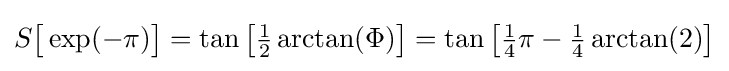
S{\bigl [}\exp(-\pi ){\bigr ]}=\tan {\bigl [}{\tfrac {1}{2}}\arctan(\Phi ){\bigr ]}=\tan {\bigl [}{\tfrac {1}{4}}\pi -{\tfrac {1}{4}}\arctan(2){\bigr ]}